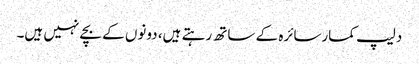
دلیپ کمارسائرہ کے ساتھ رہتے ہیں، دونوں کے بچے نہیں ہیں۔